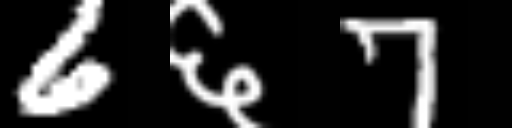
Text: 6६7